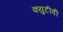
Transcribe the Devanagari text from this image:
क्युटीवी